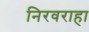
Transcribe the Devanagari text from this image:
निरवराहा